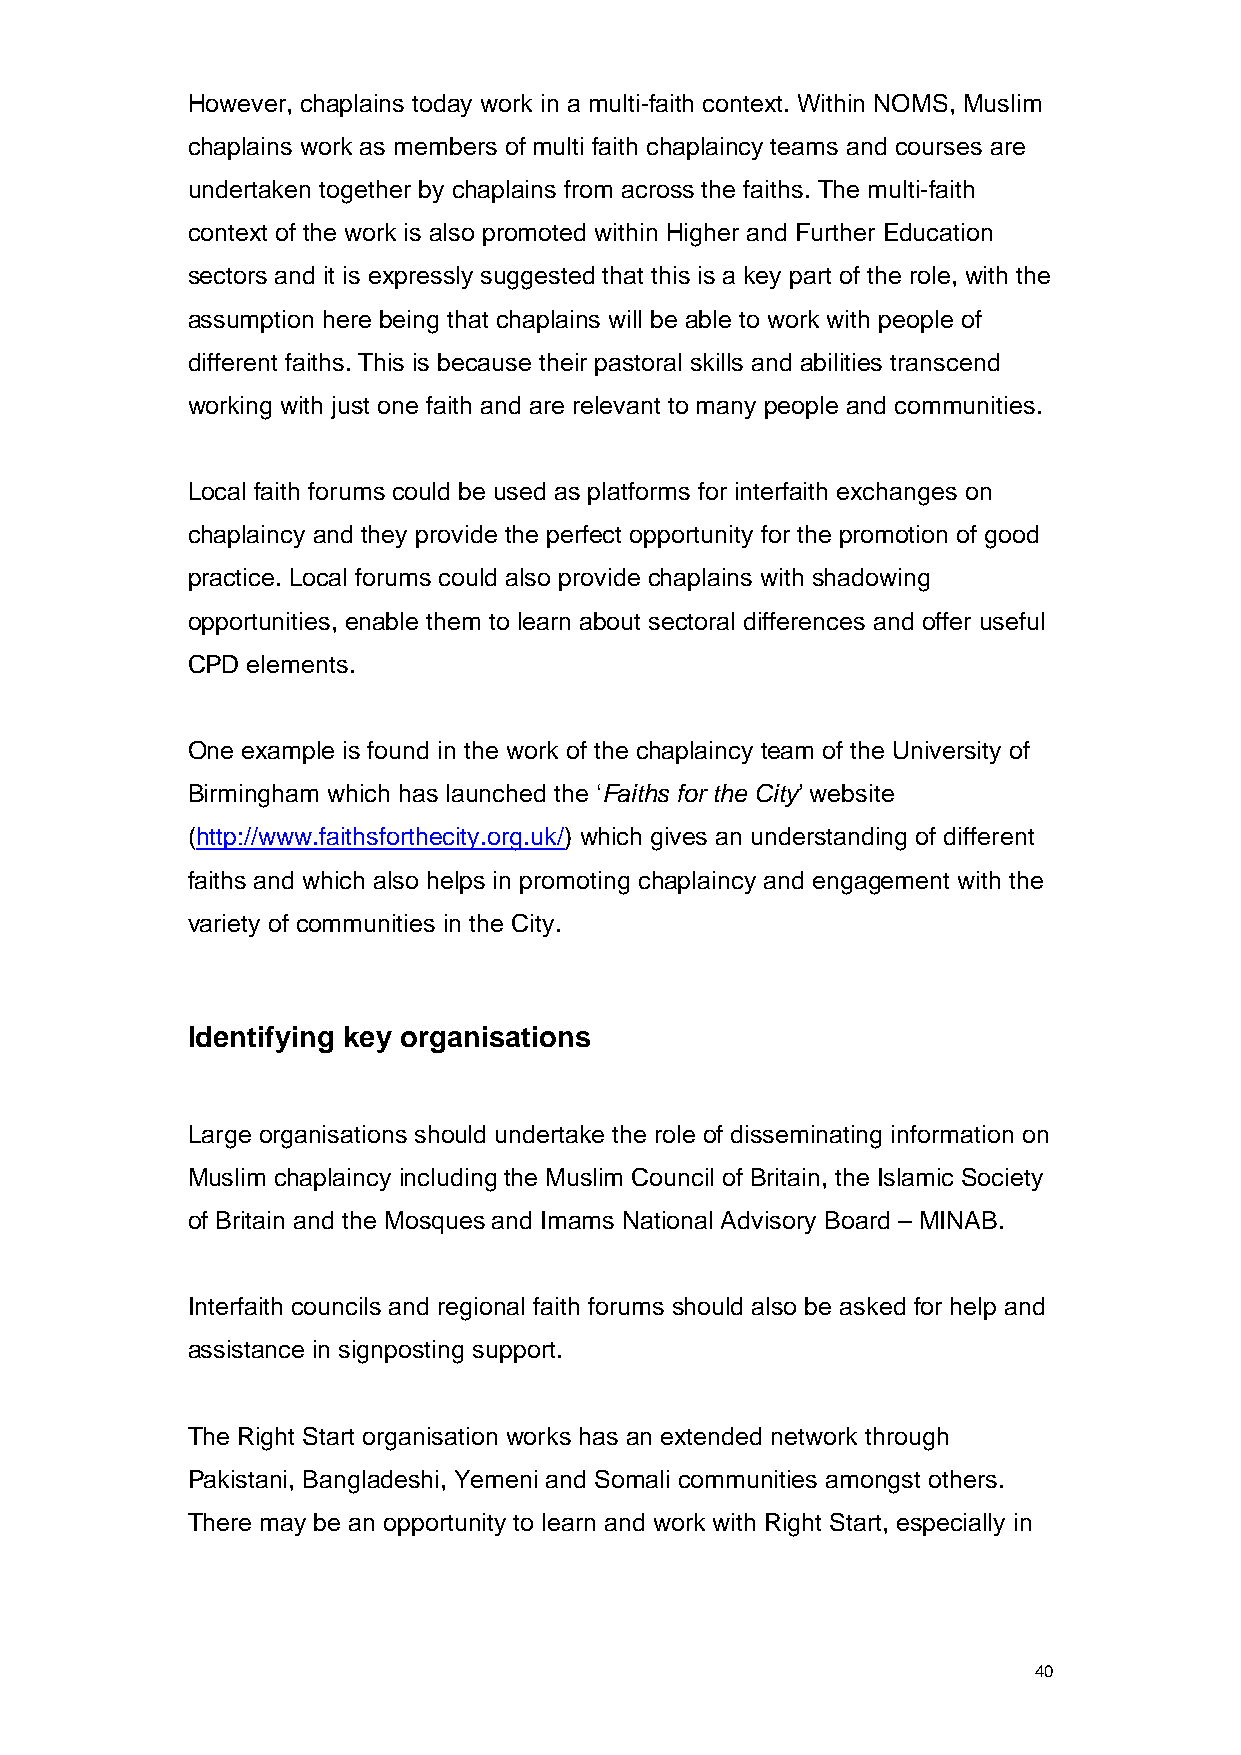
However, chaplains today work in a multi-faith context. Within NOMS, Muslim
 chaplains work as members of multi faith chaplaincy teams and courses are
 undertaken together by chaplains from across the faiths. The multi-faith
 context of the work is also promoted within Higher and Further Education
 sectors and it is expressly suggested that this is a key part of the role, with the
 assumption here being that chaplains will be able to work with people of
 different faiths. This is because their pastoral skills and abilities transcend
 working with just one faith and are relevant to many people and communities.
 Local faith forums could be used as platforms for interfaith exchanges on
 chaplaincy and they provide the perfect opportunity for the promotion of good
 practice. Local forums could also provide chaplains with shadowing
 opportunities, enable them to learn about sectoral differences and offer useful
 CPD elements.
 One example is found in the work of the chaplaincy team of the University of
 Birmingham which has launched the ‘Faiths for the City’ website
 (http://www.faithsforthecity.org.uk/) which gives an understanding of different
 faiths and which also helps in promoting chaplaincy and engagement with the
 variety of communities in the City.
 Identifying key organisations
 Large organisations should undertake the role of disseminating information on
 Muslim chaplaincy including the Muslim Council of Britain, the Islamic Society
 of Britain and the Mosques and Imams National Advisory Board – MINAB.
 Interfaith councils and regional faith forums should also be asked for help and
 assistance in signposting support.
 The Right Start organisation works has an extended network through
 Pakistani, Bangladeshi, Yemeni and Somali communities amongst others.
 There may be an opportunity to learn and work with Right Start, especially in
 40